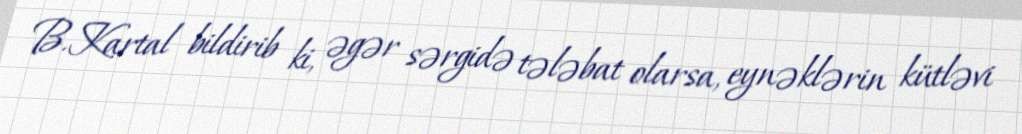
B.Kartal bildirib ki, əgər sərgidə tələbat olarsa, eynəklərin kütləvi